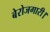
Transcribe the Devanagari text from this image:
बेरोजगारी।